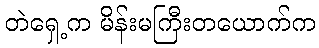
တဲရှေ့က မိန်းမကြီးတယောက်က